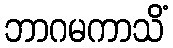
ဘာဂမကာသိံ